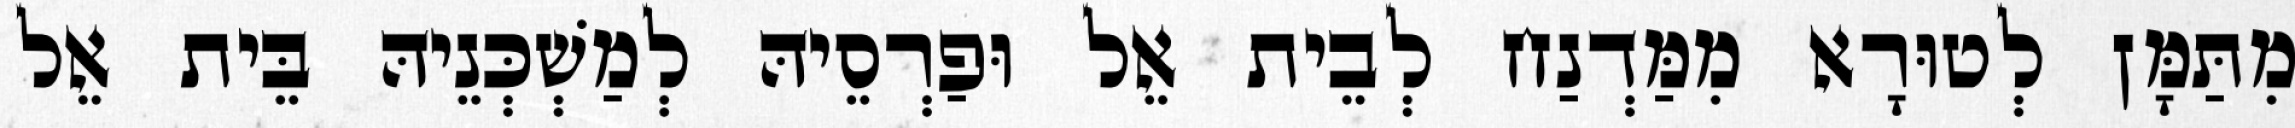
מִתַּמָּן לְטוּרָא מִמַּדְנַח לְבֵית אֵל וּפַרְסֵיהּ לְמַשְׁכְּנֵיהּ בֵּית אֵל